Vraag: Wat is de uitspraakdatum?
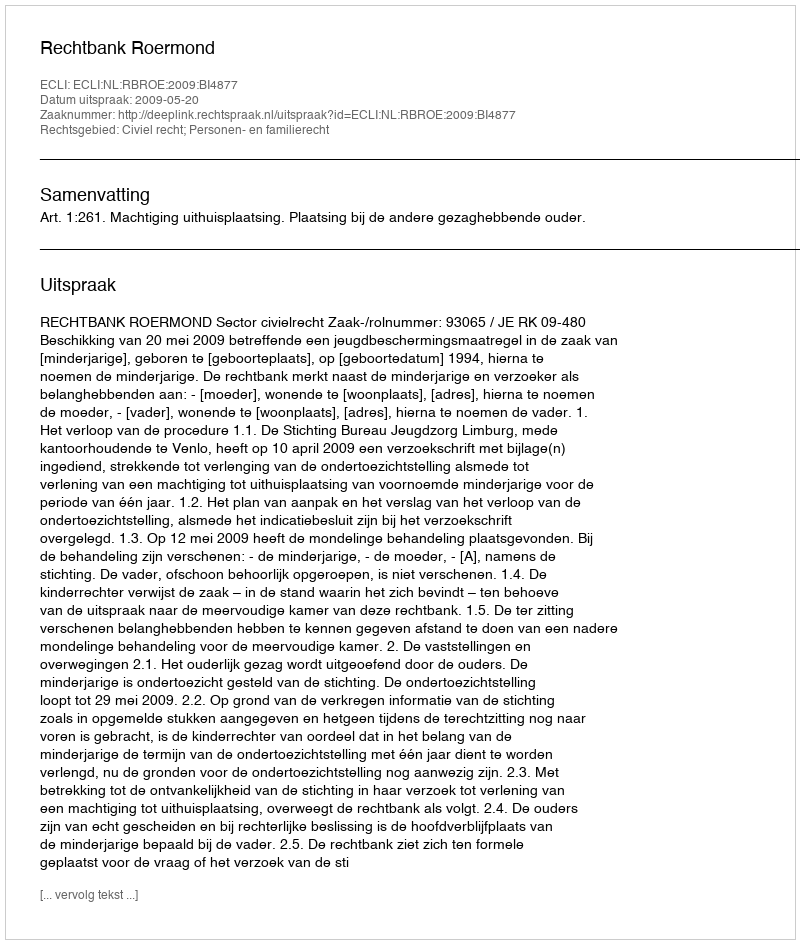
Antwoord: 2009-05-20